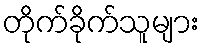
တိုက်ခိုက်သူများ